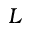
L